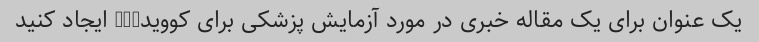
یک عنوان برای یک مقاله خبری در مورد آزمایش پزشکی برای کووید-19 ایجاد کنید